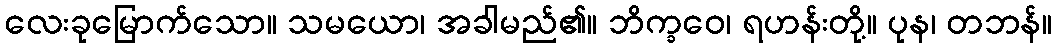
လေးခုမြောက်သော။ သမယော၊ အခါမည်၏။ ဘိက္ခဝေ၊ ရဟန်းတို့။ ပုန၊ တဘန်။